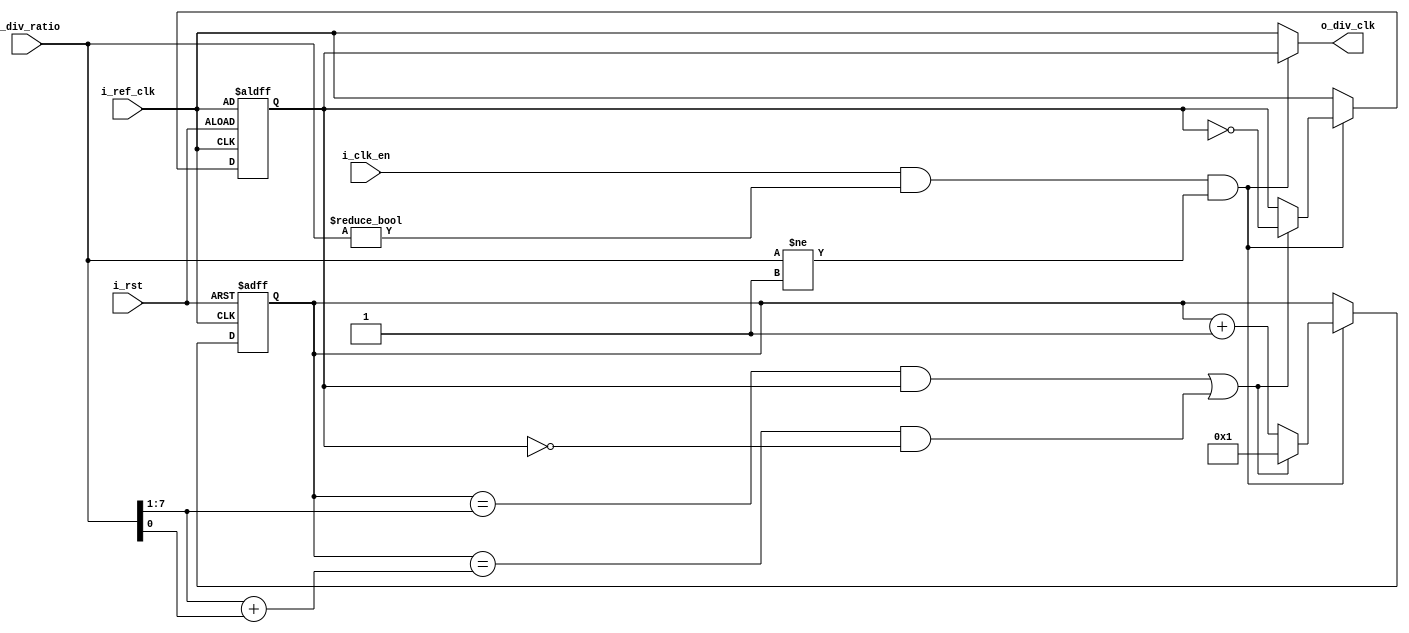
module CLK_DIV #(parameter Width = 8)(
  input i_ref_clk,
  input i_rst,
  input i_clk_en,
  input [Width - 1 : 0] i_div_ratio,
  output reg o_div_clk
  );
    
  wire [Width - 2 : 0] half;
  reg [Width - 1 : 0] count; 
  wire en;
  reg ref, o_div_clk1;
  
  assign en = i_clk_en && (i_div_ratio != 0) && (i_div_ratio != 1);
  assign half = i_div_ratio >> 1;
  assign odd = i_div_ratio[0];
   
  always @ (*)
   begin
     if(en)
      o_div_clk = o_div_clk1;
     else
      o_div_clk = i_ref_clk;
      ref = i_ref_clk;
   end
  
  always @ (posedge i_ref_clk , negedge i_rst)
   begin
    if (!i_rst)
     begin
      o_div_clk1 <= ref;
      count <= 1;
     end
    else if (en)
    begin
    if (((count == half) & (o_div_clk1)) | ((count == (half + odd)) & (!o_div_clk1)))
     begin
      o_div_clk1 <= ~o_div_clk1;
      count <= 1;
     end
    else
      count <= count + 1;
    end  
  else
   o_div_clk1 <= ref;     
 end
   
endmodule